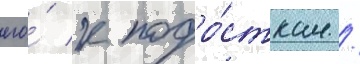
его́ к подро́сткам /